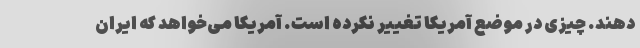
دهند. چیزی در موضع آمریکا تغییر نکرده است. آمریکا می‌خواهد که ایران